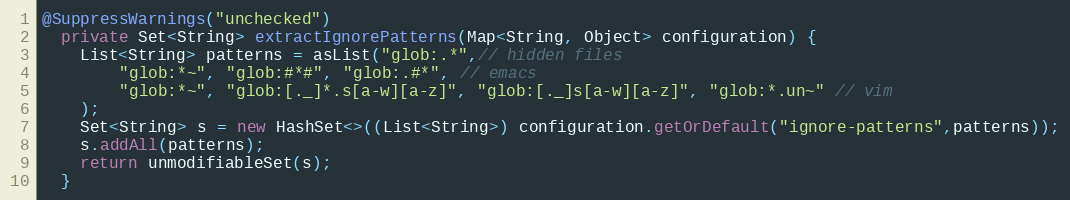
Language: Java
@SuppressWarnings("unchecked")
  private Set<String> extractIgnorePatterns(Map<String, Object> configuration) {
    List<String> patterns = asList("glob:.*",// hidden files
        "glob:*~", "glob:#*#", "glob:.#*", // emacs
        "glob:*~", "glob:[._]*.s[a-w][a-z]", "glob:[._]s[a-w][a-z]", "glob:*.un~" // vim
    );
    Set<String> s = new HashSet<>((List<String>) configuration.getOrDefault("ignore-patterns",patterns));
    s.addAll(patterns);
    return unmodifiableSet(s);
  }